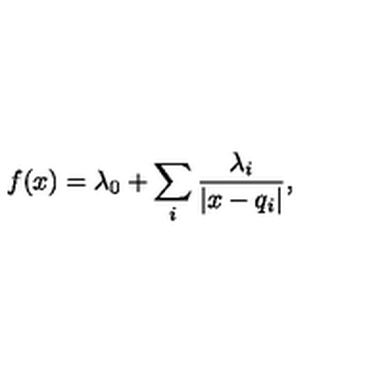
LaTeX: f ( x ) = \lambda _ { 0 } + \sum _ { i } { \frac { \lambda _ { i } } { | x - q _ { i } | } } ,